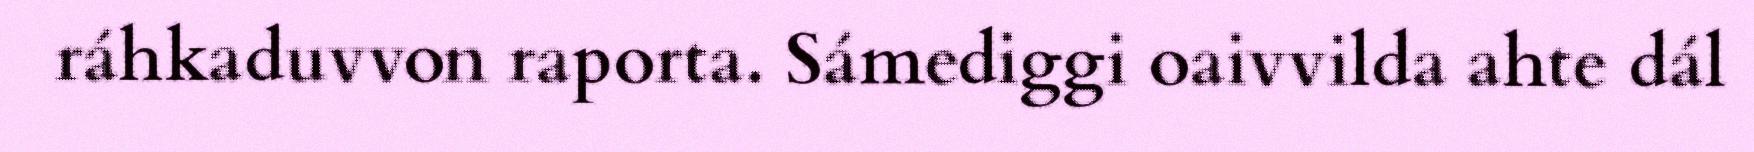
ráhkaduvvon raporta. Sámediggi oaivvilda ahte dál